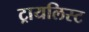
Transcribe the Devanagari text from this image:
ट्रायलिस्ट